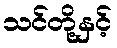
သင်တို့နှင့်